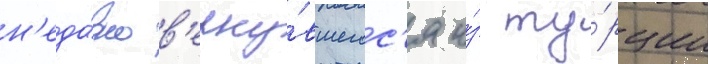
н'еда́вно в'ерну́вшегос'я и́з ту́рции